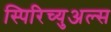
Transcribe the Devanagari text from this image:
स्पिरिच्युअल्स